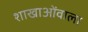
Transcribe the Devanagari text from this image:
शाखाओंवाला